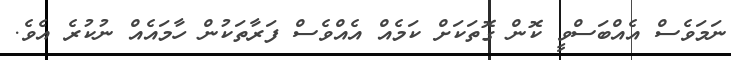
ނަމަވެސް އެއްބަސްވީ ކޮން ގޮތަކަށް ކަމެއް އެއްވެސް ފަރާތަކުން ހާމައެއް ނުކުރެ އެވެ.